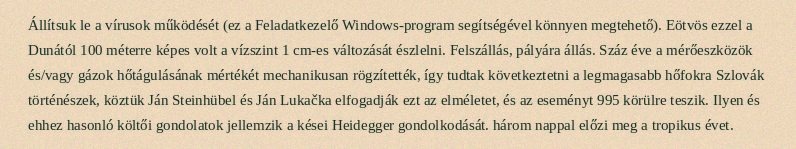
Állítsuk le a vírusok működését (ez a Feladatkezelő Windows-program segítségével könnyen megtehető). Eötvös ezzel a Dunától 100 méterre képes volt a vízszint 1 cm-es változását észlelni. Felszállás, pályára állás. Száz éve a mérőeszközök és/vagy gázok hőtágulásának mértékét mechanikusan rögzítették, így tudtak következtetni a legmagasabb hőfokra Szlovák történészek, köztük Ján Steinhübel és Ján Lukačka elfogadják ezt az elméletet, és az eseményt 995 körülre teszik. Ilyen és ehhez hasonló költői gondolatok jellemzik a kései Heidegger gondolkodását. három nappal előzi meg a tropikus évet.